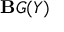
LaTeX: \mathbf { B } G ( Y )